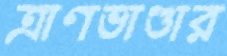
ত্রাণভাণ্ডার